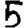
Digit: 5